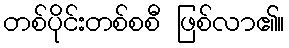
တစ်ပိုင်းတစ်စစီ ဖြစ်လာ၏။